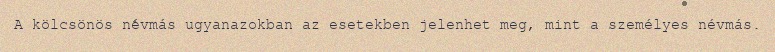
A kölcsönös névmás ugyanazokban az esetekben jelenhet meg, mint a személyes névmás.